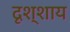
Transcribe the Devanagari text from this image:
दृश्शाय